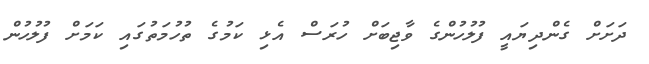
ދަށަށް ގެންދިޔައީ ފުލުހުންގެ ވާޖިބަށް ހުރަސް އެޅި ކަމުގެ ތުހުމަތުގައި ކަމަށް ފުލުހުން